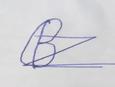
Signature authenticity: forged